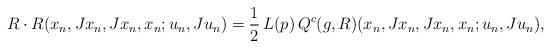
LaTeX: \begin{align*}R\cdot R(x_n,Jx_n,Jx_n,x_n;u_n,Ju_n)=\frac{1}{2}\,L(p)\,Q^c(g,R)(x_n,Jx_n,Jx_n,x_n;u_n,Ju_n),\end{align*}